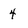
Character: 4